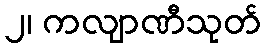
၂၊ ကလျာဏီသုတ်